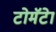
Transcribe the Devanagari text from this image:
टोमॅटेा